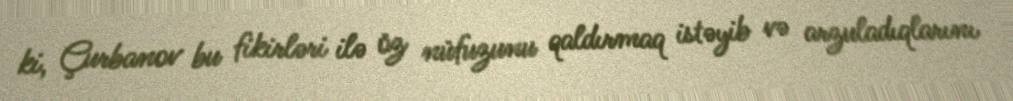
ki, Çurbanov bu fikirləri ilə öz nüfuzunu qaldırmaq istəyib və arzuladıqlarını